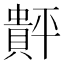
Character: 𲂴